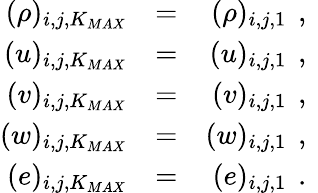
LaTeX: \begin{array}{rlr}{{(\rho)_{i,j,K_{MAX}}}}&{{}{=}}&{{(\rho)_{i,j,1}\, \mathrm{~,~}}}\\ {{(u)_{i,j,K_{MAX}}}}&{{}{=}}&{{(u)_{i,j,1}\, \mathrm{~,~}}}\\ {{(v)_{i,j,K_{MAX}}}}&{{}{=}}&{{(v)_{i,j,1}\, \mathrm{~,~}}}\\ {{(w)_{i,j,K_{MAX}}}}&{{}{=}}&{{(w)_{i,j,1}\, \mathrm{~,~}}}\\ {{(e)_{i,j,K_{MAX}}}}&{{}{=}}&{{(e)_{i,j,1}\, \mathrm{~.~}}}\end{array}